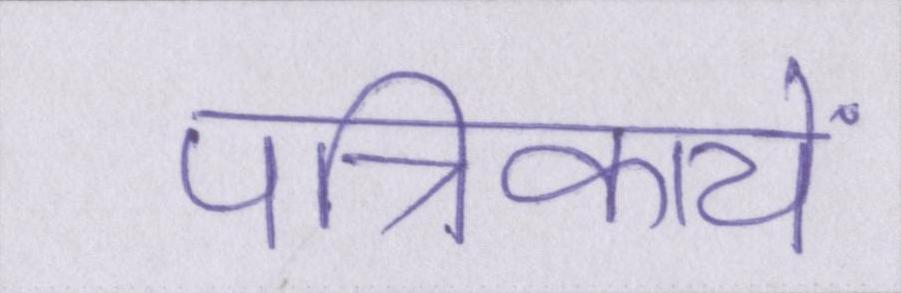
पत्रिकायें